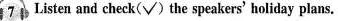
7 Listen and check(√)the speakers' holiday plans.